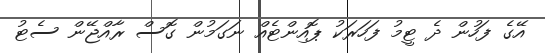
އޭގެ ފަހުން ދެ ޓީމު ފަހަރަކު ޕޮއިންޓެއް ނަގަމުން ގޮސް ރާއްޖޭން ސެޓު